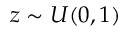
z \sim U ( 0 , 1 )